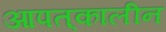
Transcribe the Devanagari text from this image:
आपत्‌कालीन